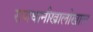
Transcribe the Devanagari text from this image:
राजधानीखालोखाल